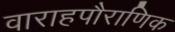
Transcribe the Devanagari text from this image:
वाराहपौराणिक